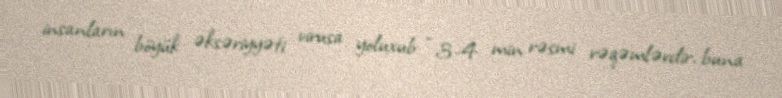
insanların böyük əksəriyyəti virusa yoluxub: “3-4 min rəsmi rəqəmlərdir, buna